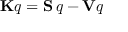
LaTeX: \mathbf { K } q = \mathbf { S } \, q - \mathbf { V } q